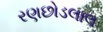
રણછોડલાલ